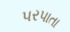
પરપાતા